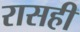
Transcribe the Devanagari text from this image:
रासही